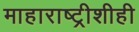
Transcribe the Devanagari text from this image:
माहाराष्ट्रीशीही